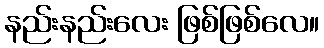
နည်းနည်းလေး ဖြစ်ဖြစ်လေ။